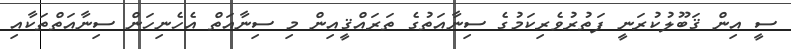
ސީ އިން ޤަބޫލުކުރަނީ ފަތުރުވެރިކަމުގެ ސިނާއަތުގެ ތަރައްޤީއިން މި ސިނާއަތް އެހެނިހަން ސިނާއަތްތަކާއި